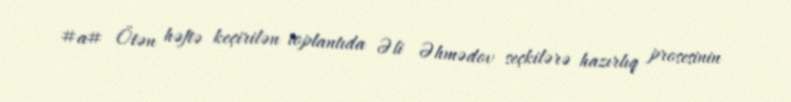
#a# Ötən həftə keçirilən toplantıda Əli Əhmədov seçkilərə hazırlıq prosesinin